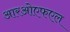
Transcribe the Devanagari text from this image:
आरओएफएल